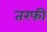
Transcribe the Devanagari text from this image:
तरफी